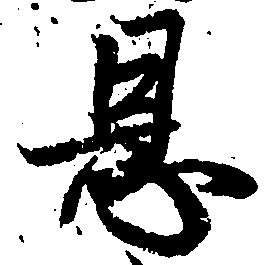
恩